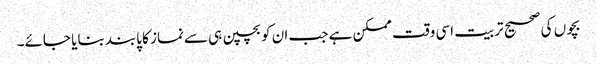
بچوں کی صحیح تربیت اسی وقت ممکن ہے جب ان کوبچپن ہی سےنماز کا پابند بنایا جائے۔